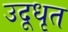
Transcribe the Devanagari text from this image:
उदूधृत